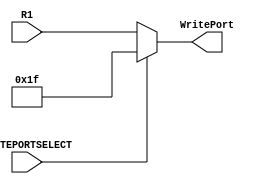
`timescale 1ns / 1ps
//////////////////////////////////////////////////////////////////////////////////
// Company: 
// Engineer: 
// 
// Design Name: 
// Module Name:    WritePortMUX 
// Project Name: 
// Target Devices: 
// Tool versions: 
// Description: 
//
// Dependencies: 
//
// Revision: 
// Revision 0.01 - File Created
// Additional Comments: 
//
//////////////////////////////////////////////////////////////////////////////////
module WritePortMUX(WritePort, R1, WRITEPORTSELECT);
output	[4:0] WritePort;
input 	[4:0] R1;
input 			WRITEPORTSELECT;

assign WritePort = (WRITEPORTSELECT) ? 'b11111:R1;

endmodule